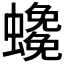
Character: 𧓰